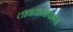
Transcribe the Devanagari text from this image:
तावदानावरून